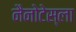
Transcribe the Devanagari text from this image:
नैनोटेस्ला